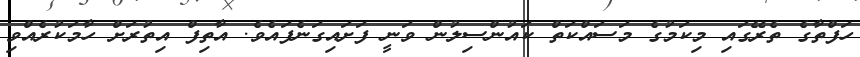
ހަފްތާގެ ތެރޭގައި މިކަމުގެ މަސައްކަތް ކައުންސިލުން ވަނީ ފަށައިގަނެފައެވެ. އާތިފް އިތުރަށް ހާމަކުރެއްވި